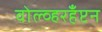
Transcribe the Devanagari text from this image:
वोल्व्हरहँप्टन